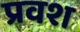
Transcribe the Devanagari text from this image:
प्रवश